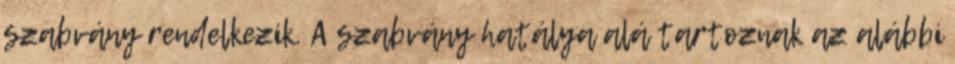
szabvány rendelkezik. A szabvány hatálya alá tartoznak az alábbi